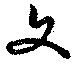
文